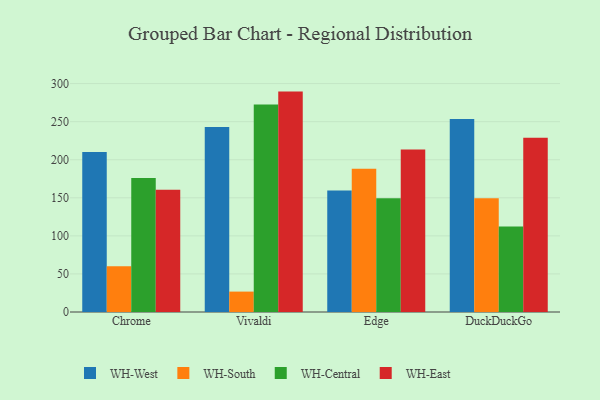
{"axis": {"x": "Browser", "y": "Gross Profit (USD K)"}, "legend": ["WH-Central", "WH-East", "WH-South", "WH-West"], "data": [{"x": "Chrome", "y": 210.2, "type": "WH-West"}, {"x": "Chrome", "y": 60.1, "type": "WH-South"}, {"x": "Chrome", "y": 176.1, "type": "WH-Central"}, {"x": "Chrome", "y": 160.6, "type": "WH-East"}, {"x": "Vivaldi", "y": 243.0, "type": "WH-West"}, {"x": "Vivaldi", "y": 26.8, "type": "WH-South"}, {"x": "Vivaldi", "y": 272.7, "type": "WH-Central"}, {"x": "Vivaldi", "y": 289.5, "type": "WH-East"}, {"x": "Edge", "y": 159.5, "type": "WH-West"}, {"x": "Edge", "y": 188.3, "type": "WH-South"}, {"x": "Edge", "y": 149.3, "type": "WH-Central"}, {"x": "Edge", "y": 213.3, "type": "WH-East"}, {"x": "DuckDuckGo", "y": 253.4, "type": "WH-West"}, {"x": "DuckDuckGo", "y": 149.3, "type": "WH-South"}, {"x": "DuckDuckGo", "y": 112.4, "type": "WH-Central"}, {"x": "DuckDuckGo", "y": 228.9, "type": "WH-East"}]}